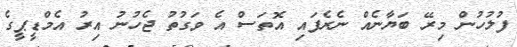
ފުލުހުން މިރޭ ބަޔާނެއް ނެރެފައި އޮތަސް އެ ވަގުތު ޖެހުނު އިރު އެމްޑީޕީގެ